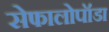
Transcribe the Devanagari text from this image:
सेफालोपॉडा